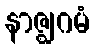
နာဇ္ဈဂမံ